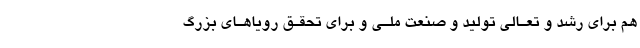
هم برای رشد و تعـالی تولید و صنعت ملـی و برای تحقـق رویاهـای بزرگ